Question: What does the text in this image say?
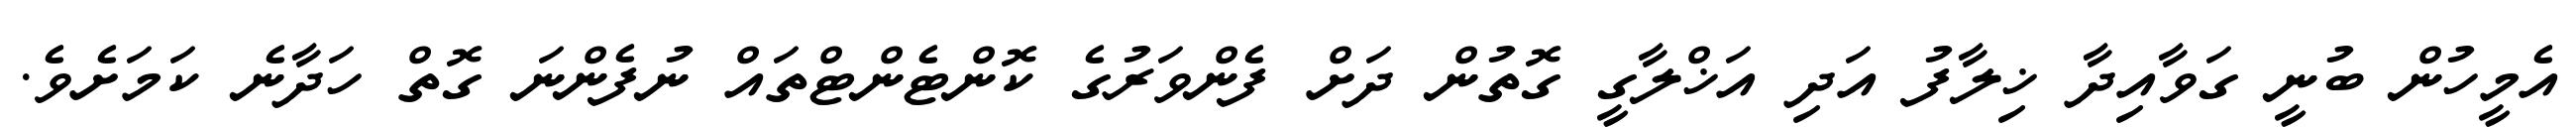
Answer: އެމީހުން ބުނީ ގަވާއިދާ ޚިލާފު އަދި އަޚްލާގީ ގޮތުން ދަށް ފެންވަރުގެ ކޮންޓެންޓްތައް ނުފެންނަ ގޮތް ހަދާނެ ކަމަށެވެ.